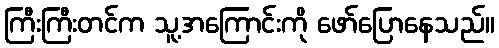
ကြီးကြီးတင်က သူ့အကြောင်းကို ဖော်ပြောနေသည်။